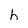
Character: h